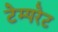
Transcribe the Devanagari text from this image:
टेम्‍परेट